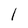
Character: l